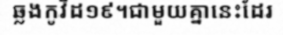
ឆ្លងកូវីដ១៩។ជាមួយគ្នានេះដែរ